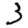
Digit: 3